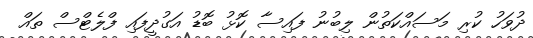
ދުވަހު ކުރި މަސައްކަތުން ލިބުނު ފައިސާ ކޮޅު ބޮޑު އަގުދީފައި ފްލެޓްްސް ތައް